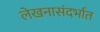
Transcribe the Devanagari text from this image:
लेखनासंदर्भात